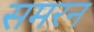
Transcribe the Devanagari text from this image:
समरन